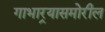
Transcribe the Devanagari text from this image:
गाभार्‍यासमोरील